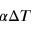
\alpha \Delta T